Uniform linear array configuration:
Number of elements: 8
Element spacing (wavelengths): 0.5
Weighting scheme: uniform
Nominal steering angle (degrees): -30
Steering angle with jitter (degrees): -31.204
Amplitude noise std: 0.05
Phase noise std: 0.05

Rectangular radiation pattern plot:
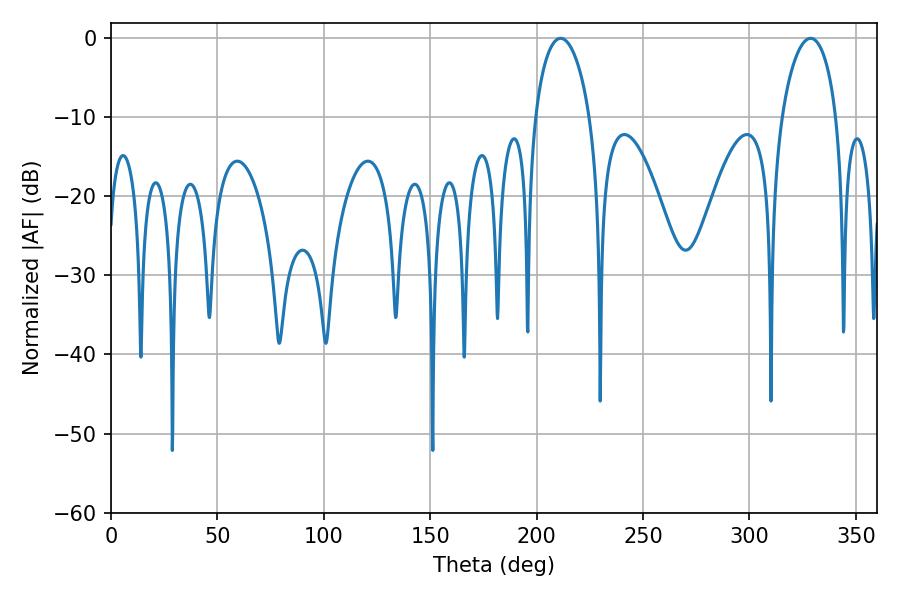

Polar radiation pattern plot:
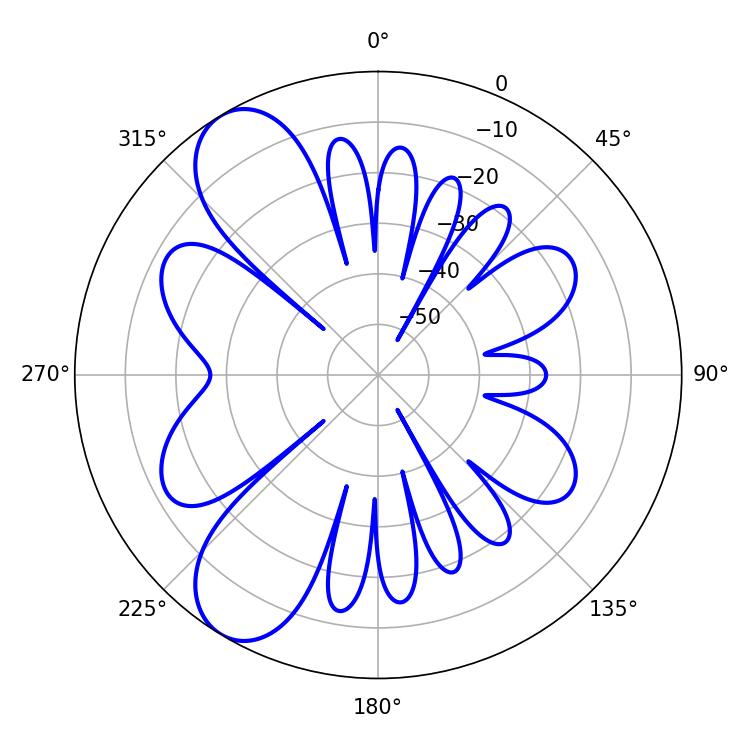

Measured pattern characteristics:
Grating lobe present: FALSE
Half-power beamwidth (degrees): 14.76
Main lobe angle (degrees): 211.32